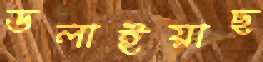
ডলাইয়াছ